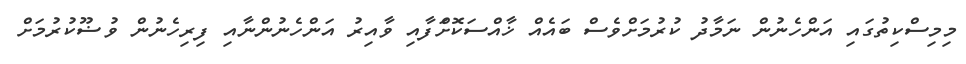
މިމިސްކިތުގައި އަންހެނުން ނަމާދު ކުރުމަށްވެސް ބައެއް ޚާއްސަކޮށްަފާއި ވާއިރު އަންހެނުންނާއި ފިރިހެނުން ވުޟޫކުރުމަށް